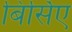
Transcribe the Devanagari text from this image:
बिर्सिए